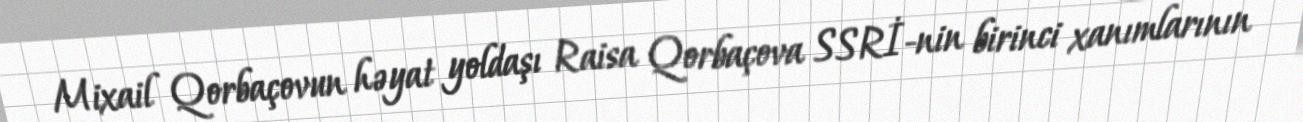
Mixail Qorbaçovun həyat yoldaşı Raisa Qorbaçova SSRİ-nin birinci xanımlarının